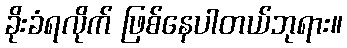
ခိုးခံရလိုက် ဖြစ်နေပါတယ်ဘုရား။